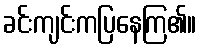
ခင်းကျင်းကပြနေကြ၏။